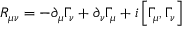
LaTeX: R _ { \mu \nu } = - \partial _ { \mu } \Gamma _ { \nu } + \partial _ { \nu } \Gamma _ { \mu } + i \left[ \Gamma _ { \mu } , \Gamma _ { \nu } \right]